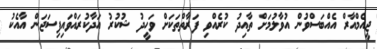
ޖީއެމްއާރް އެއްބަސްވުން އުވާލުމަށް ތާއިދު ކުރެއްވި ފަރާތްތަކަށް ވަހީދު ޝުކުރު އަދާކުރައްވައިފިސަޖަން އާއެކު